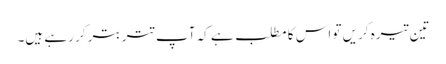
تین تیرہ کریں تو اس کا مطلب ہے کہ آپ تتر بتر کر رہے ہیں۔